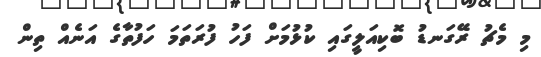
މި މެޗު ރޭގަނޑު ބޮކިއަލީގައި ކުޅުމަށް ފަހު ފުރަތަމަ ހަފުތާގެ އަނެއް ތިން